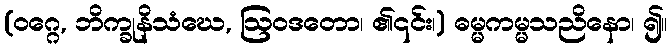
(ဝဂ္ဂေ, ဘိက္ခုနိသံဃေ, ဩဝဒတော၊ ၏၎င်း၊) ဓမ္မကမ္မသညိနော၊ ၍။